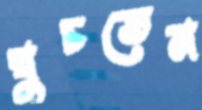
ঘুচতেম